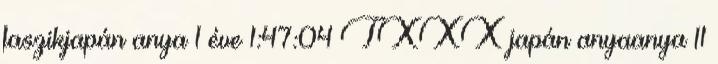
faszikjapán anya 1 éve 1:47:04 TXXX japán anyaanya 11